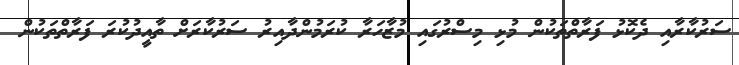
ސަރުކާރާއި ދެކޮޅު ފަރާތްތަކުން މުޅި މިސްރުގައި މުޒާހަރާ ކުރަމުންދާއިރު ސަރުކާރަށް ތާއީދުކުރަ ފަރާތްތަކުން